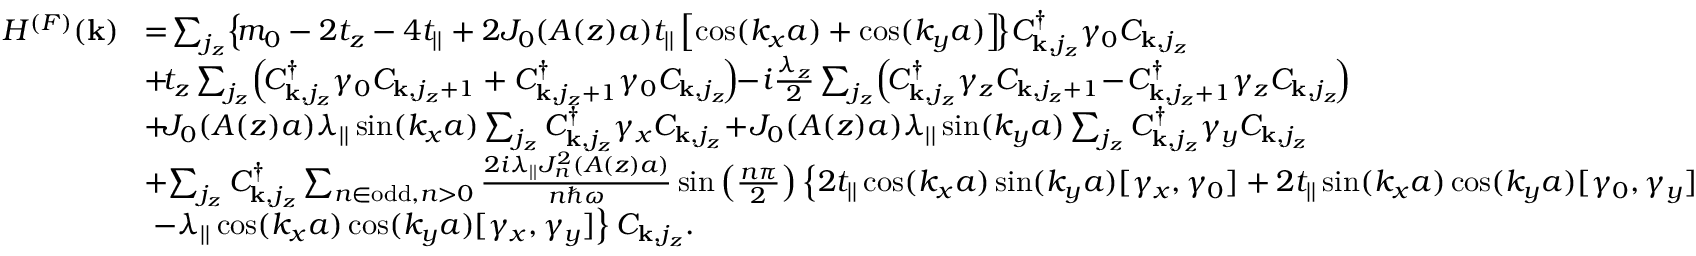
\begin{array} { r l } { H ^ { ( F ) } ( { \bf k } ) } & { \! = \! \sum _ { j _ { z } } \! \left\{ \! m _ { 0 } - 2 t _ { z } - 4 t _ { | | } + 2 { \cal J } _ { 0 } ( A ( z ) a ) t _ { | | } \left[ \cos ( k _ { x } a ) + \cos ( k _ { y } a ) \right] \! \right\} \! C _ { { \bf k } , j _ { z } } ^ { \dagger } \gamma _ { 0 } C _ { { \bf k } , j _ { z } } } \\ & { \! + \! t _ { z } \sum _ { j _ { z } } \! \left( \! C _ { { \bf k } , j _ { z } } ^ { \dagger } \gamma _ { 0 } C _ { { \bf k } , j _ { z } + 1 } + C _ { { \bf k } , j _ { z } + 1 } ^ { \dagger } \gamma _ { 0 } C _ { { \bf k } , j _ { z } } \! \right) \! \! - \! i \frac { \lambda _ { z } } { 2 } \sum _ { j _ { z } } \! \left( \! C _ { { \bf k } , j _ { z } } ^ { \dagger } \gamma _ { z } C _ { { \bf k } , j _ { z } + 1 } \! - \! C _ { { \bf k } , j _ { z } + 1 } ^ { \dagger } \gamma _ { z } C _ { { \bf k } , j _ { z } } \! \right) \! } \\ & { \! + \! { \cal J } _ { 0 } ( A ( z ) a ) \lambda _ { | | } \sin ( k _ { x } a ) \sum _ { j _ { z } } C _ { { \bf k } , j _ { z } } ^ { \dagger } \gamma _ { x } C _ { { \bf k } , j _ { z } } \! + \! { \cal J } _ { 0 } ( A ( z ) a ) \lambda _ { | | } \sin ( k _ { y } a ) \sum _ { j _ { z } } C _ { { \bf k } , j _ { z } } ^ { \dagger } \gamma _ { y } C _ { { \bf k } , j _ { z } } } \\ & { \! + \! \sum _ { j _ { z } } C _ { { \bf k } , j _ { z } } ^ { \dagger } \sum _ { n \in \mathrm { o d d } , n > 0 } \frac { 2 i \lambda _ { | | } { \cal J } _ { n } ^ { 2 } ( A ( z ) a ) } { n \hbar \omega } \sin \left( \frac { n \pi } { 2 } \right) \left\{ 2 t _ { | | } \cos ( k _ { x } a ) \sin ( k _ { y } a ) [ \gamma _ { x } , \gamma _ { 0 } ] + 2 t _ { | | } \sin ( k _ { x } a ) \cos ( k _ { y } a ) [ \gamma _ { 0 } , \gamma _ { y } ] \right. } \\ & { \left. - \lambda _ { | | } \cos ( k _ { x } a ) \cos ( k _ { y } a ) [ \gamma _ { x } , \gamma _ { y } ] \right\} C _ { { \bf k } , j _ { z } } . } \end{array}